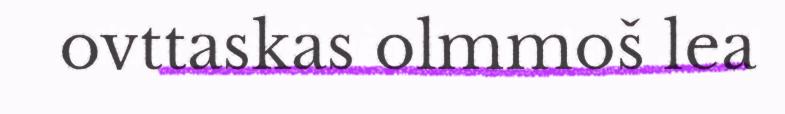
ovttaskas olmmoš lea